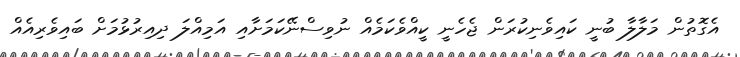
އެގޮތުން މަލާލާ ބުނީ ކައިވެނިކުރަން ޖެހެނީ ކީއްވެކަމެއް ނުވިސްނޭކަމަށާއި އަމިއްލަ ދިއިރުޅުމަށް ބައިވެރިއެއް